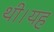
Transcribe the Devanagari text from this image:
थी।यह